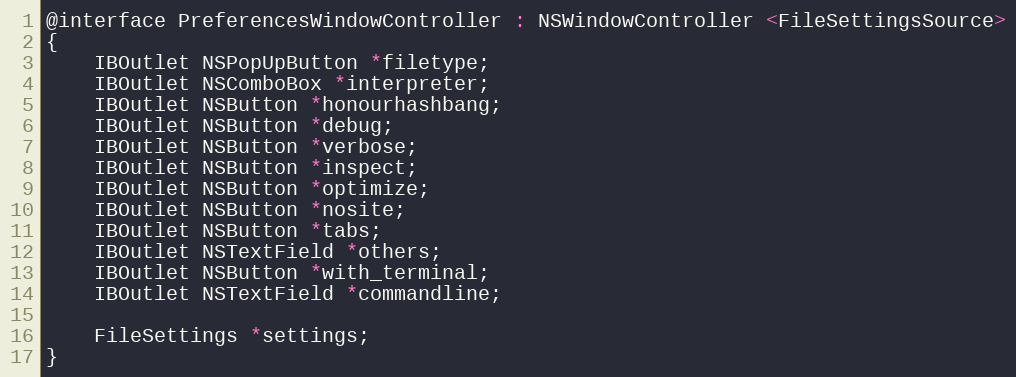
Language: C
@interface PreferencesWindowController : NSWindowController <FileSettingsSource>
{
    IBOutlet NSPopUpButton *filetype;
    IBOutlet NSComboBox *interpreter;
    IBOutlet NSButton *honourhashbang;
    IBOutlet NSButton *debug;
    IBOutlet NSButton *verbose;
    IBOutlet NSButton *inspect;
    IBOutlet NSButton *optimize;
    IBOutlet NSButton *nosite;
    IBOutlet NSButton *tabs;
    IBOutlet NSTextField *others;
    IBOutlet NSButton *with_terminal;
    IBOutlet NSTextField *commandline;

    FileSettings *settings;
}